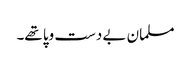
مسلمان بے دست وپا تھے۔